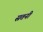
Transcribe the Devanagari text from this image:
सतनी